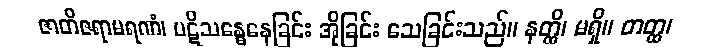
ဇာတိဇရာမရဏံ၊ ပဋိသန္ဓေနေခြင်း အိုခြင်း သေခြင်းသည်။ နတ္ထိ၊ မရှိ။ တတ္ထ၊